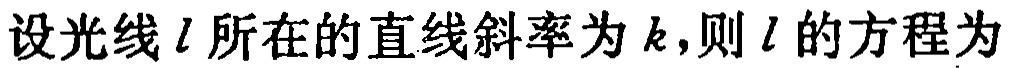
设光线\(l\)所在的直线斜率为\(k\)，则\(l\)的方程为